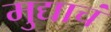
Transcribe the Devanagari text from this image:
मुद्याचं